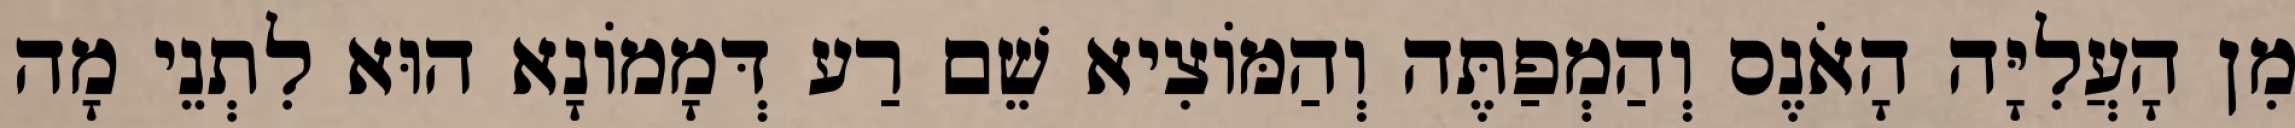
מִן הָעֲלִיָּה הָאֹנֶס וְהַמְפַתֶּה וְהַמּוֹצִיא שֵׁם רַע דְּמָמוֹנָא הוּא לִתְנֵי מָה